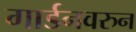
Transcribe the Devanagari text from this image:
गार्डनवरुन